Report of the Indian Hemp Drugs Commission, 1894-1895 - Volume VII
Year: 1894
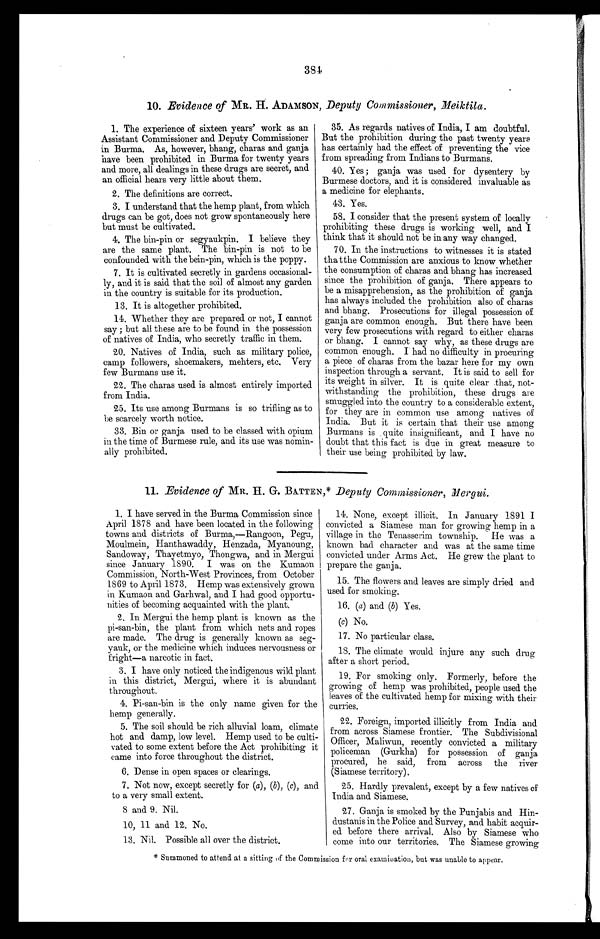
384
10. Evidence of MR. H. ADAMSON, Deputy Commissioner, Meiktila.
1. The experience of sixteen years' work as an
Assistant Commissioner and Deputy Commissioner
in Burma. As, however, bhang, charas and ganja
have been prohibited in Burma for twenty years
and more, all dealings in these drugs are secret, and
an official hears very little about them.
2. The definitions are correct.
3. I understand that the hemp plant, from which
drugs can be got, does not grow spontaneously here
but must be cultivated.
4. The bin-pin or segyaukpin. I believe they
are the same plant. The bin-pin is not to be
confounded with the bein-pin, which is the poppy.
7. It is cultivated secretly in gardens occasional-
ly, and it is said that the soil of almost any garden
in the country is suitable for its production.
13. It is altogether prohibited.
14. Whether they are prepared or not, I cannot
say ; but all these are to be found in the possession
of natives of India, who secretly traffic in them.
20. Natives of India, such as military police,
camp followers, shoemakers, mehters, etc. Very
few Burmans use it.
22. The charas used is almost entirely imported
from India.
25. Its use among Burmans is so trifling as to
be scarcely worth notice.
33. Bin or ganja used to be classed with opium
in the time of Burmese rule, and its use was nomin-
ally prohibited.
35. As regards natives of India, I am doubtful,
But the prohibition during the past twenty years
has certainly had the effect of preventing the vice
from spreading from Indians to Burmans.
40. Yes ; ganja was used for dysentery by
Burmese doctors, and it is considered invaluable as
a medicine for elephants.
43. Yes.
58. I consider that the present system of locally
prohibiting these drugs is working well, and I
think that it should not be in any way changed.
70. In the instructions to witnesses it is stated
tha tthe Commission are anxious to know whether
the consumption of charas and bhang has increased
since the prohibition of ganja. There appears to
be a misapprehension, as the prohibition of ganja
has always included the prohibition also of charas
and bhang. Prosecutions for illegal possession of
ganja are common enough. But there have been
very few prosecutions with regard to either charas
or bhang. I cannot say why, as these drugs are
common enough. I had no difficulty in procuring
a piece of charas from the bazar here for my own
inspection through a servant. It is said to sell for
its weight in silver. It is quite clear that, not-
withstanding the prohibition, these drugs are
smuggled into the country to a considerable extent,
for they are in common use among natives of
India. But it is certain that their use among
Burmans is quite insignificant, and I have no
doubt that this fact is due in great measure to
their use being prohibited by law.
11. Evidence of MR. H. G. BATTEN,* Deputy Commissioner, Mergui.
1. I have served in the Burma Commission since
April 1878 and have been located in the following
towns and districts of Burma,—Rangoon, Pegu,
Moulmein, Hanthawaddy, Henzada, Myanoung,
Sandoway, Thayetmyo, Thongwa, and in Mergui
since January 1890. I was on the Kumaon
Commission, North-West Provinces, from October
1869 to April 1873. Hemp was extensively grown
in Kumaon and Garhwal, and I had good opportu-
nities of becoming acquainted with the plant.
2. In Mergui the hemp plant is known as the
pi-san-bin, the plant from which nets and ropes
are made. The drug is generally known as seg-
-
yauk, or the medicine which induces nervousness or
fright—a narcotic in fact.
3.
I have only noticed the indigenous wild plant
in this district, Mergui, where it is abundant
throughout.
4.
Pi-san-bin is the only name given for the
hemp generally.
5.
The soil should be rich alluvial loam, climate
hot and damp, low level. Hemp used to be culti-
vated to some extent before the Act prohibiting it
came into force throughout the district.
6.
Dense in open spaces or clearings.
7.
Not now, except secretly for (a) , (b) , (c) , and
to a very small extent.
8 a n d 9 . N i l .
10, 11 and 12. No.
13. Nil. Possible all over the district.
14. None, except illicit. In January 1891 I
convicted a Siamese man for growing hemp in a
village in the Tenasserim township. He was a
known bad character and was at the same time
convicted under Arms Act. He grew the plant to
prepare the ganja.
15. The flowers and leaves are simply dried and
used for smoking.
16. (a) and (b) Yes.
(c) No.
17. No particular class.
18. The climate would injure any such drug
after a short period.
19. For smoking only. Formerly, before the
growing of hemp was prohibited, people used the
leaves of the cultivated hemp for mixing with their
curries.
22. Foreign, imported illicitly from India and
from across Siamese frontier. The Subdivisional
Officer, Maliwun, recently convicted a military
policeman (Gurkha) for possession of ganja
procured, he said, from across the river
(Siamese territory).
25. Hardly prevalent, except by a few natives of
India and Siamese.
27. Ganja is smoked by the Punjabis and Hin-
dustanis in the Police and Survey, and habit acquir-
ed before there arrival. Also by Siamese who
come into our territories. The Siamese growing
* Summoned to attend at a sitting of the Commission for oral examination, but was unable to appear.